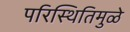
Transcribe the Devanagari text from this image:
परिस्थितिमुळे